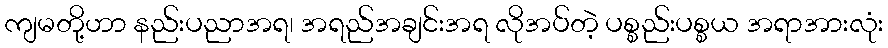
ကျမတို့ဟာ နည်းပညာအရ၊ အရည်အချင်းအရ လိုအပ်တဲ့ ပစ္စည်းပစ္စယ အရာအားလုံး